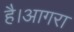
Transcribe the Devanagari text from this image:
है।आगरा